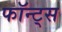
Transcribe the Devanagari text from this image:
फॉन्ट्‌स